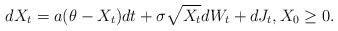
LaTeX: \begin{align*} dX_{t}=a(\theta-X_{t})dt +\sigma \sqrt{X_{t}}dW_{t}+dJ_t, X_0 \geq 0. \end{align*}